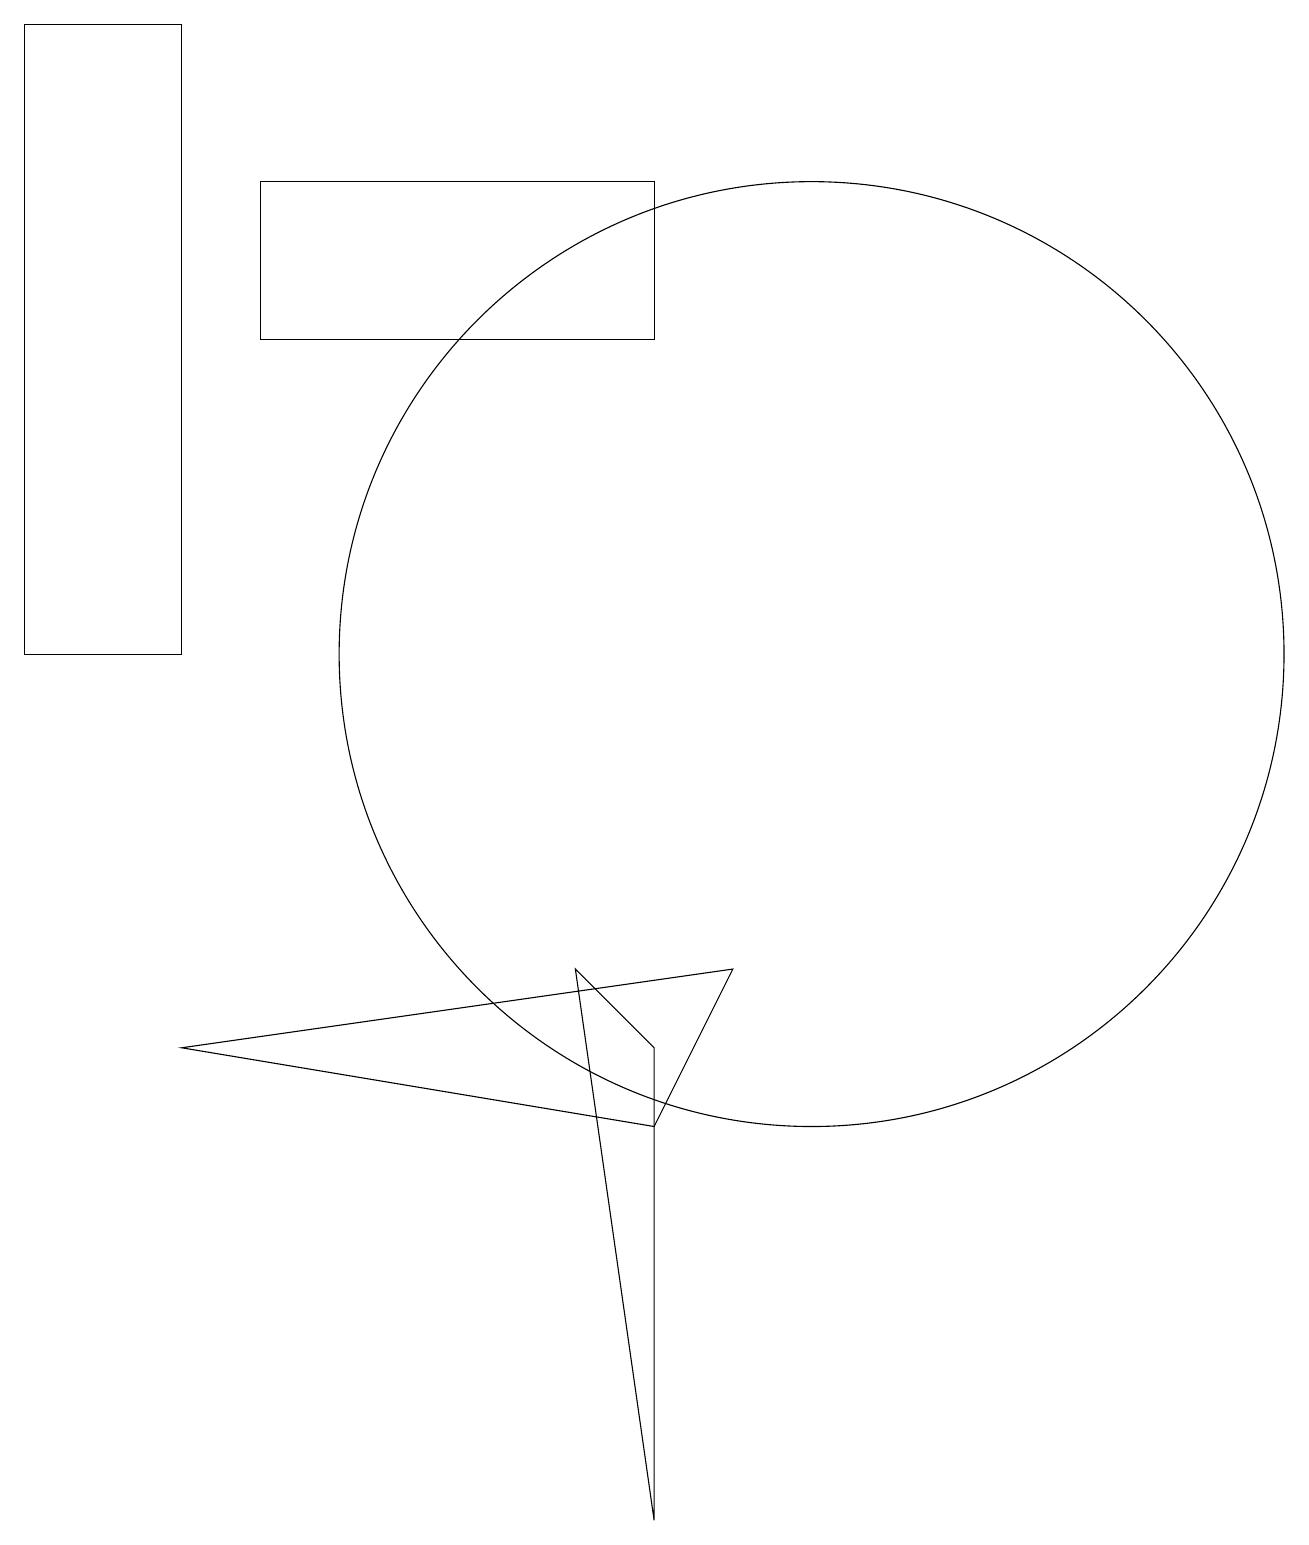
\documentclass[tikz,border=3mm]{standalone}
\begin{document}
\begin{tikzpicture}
\draw (8,6) -- (8,0) -- (7,7) -- cycle;
\draw (0,19) rectangle (2,11);
\draw (8,5) -- (2,6) -- (9,7) -- cycle;
\draw (3,15) rectangle (8,17);
\draw (10,11) circle (6);
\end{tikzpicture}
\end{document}